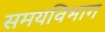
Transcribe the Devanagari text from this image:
समयविभाग